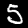
Label: 5